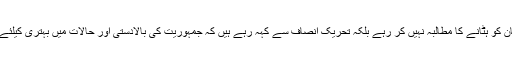
انہوںنے کہاکہ ہم کسی بیرونی قوت سے عمران خان کو ہٹانے کا مطالبہ نہیں کر رہے بلکہ تحریک انصاف سے کہہ رہے ہیں کہ جمہوریت کی بالادستی اور حالات میں بہتری کیلئے عمران خان کی جگہ کسی اور کو اپنا لیڈر چن لے۔